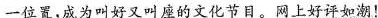
一位置，成为叫好又叫座的文化节目。网上好评如潮！